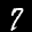
Label: 7